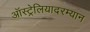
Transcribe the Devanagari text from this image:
ऑस्ट्रेलियादरम्यान